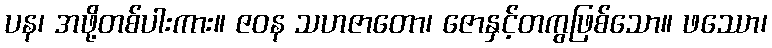
ပန၊ အဖို့တစ်ပါးကား။ ဇဝန သဟဇာတော၊ ဇောနှင့်တကွဖြစ်သော။ ဖဿော၊